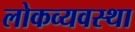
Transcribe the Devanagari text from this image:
लोकव्यवस्था